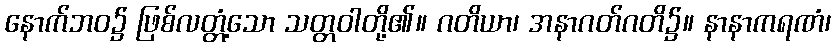
နောက်ဘဝ၌ ဖြစ်လတ္တံ့သော သတ္တဝါတို့၏။ ဂတိယာ၊ အနာဂတ်ဂတိ၌။ နာနာကရဏံ၊